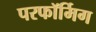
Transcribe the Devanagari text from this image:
परफॉर्मिग